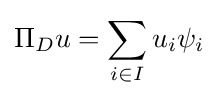
\Pi _{D}u=\sum _{i\in I}u_{i}\psi _{i}